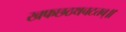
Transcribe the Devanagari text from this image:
खफछठथचटतव्॥